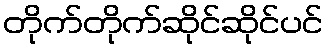
တိုက်တိုက်ဆိုင်ဆိုင်ပင်